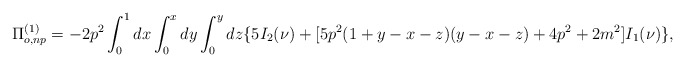
\begin{align*}\Pi^{(1)}_{o,np}=-2p^2\int_{0}^{1}dx\int_{0}^{x}dy\int_{0}^{y}dz\{5I_2(\nu)+[5p^2(1+y-x-z)(y-x-z)+4p^2+2m^2]I_{1}(\nu)\},\end{align*}